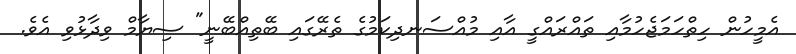
އެމީހުން ހިތްހަމަޖެހުމާއި ތައްރައްގީ އާއި މުއްސަނދިކަމުގެ ތެރޭގައި ބޭތިއްބޭނީ" ސިޔާމް ވިދާޅުވި އެވެ.